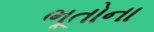
ભૂતોના